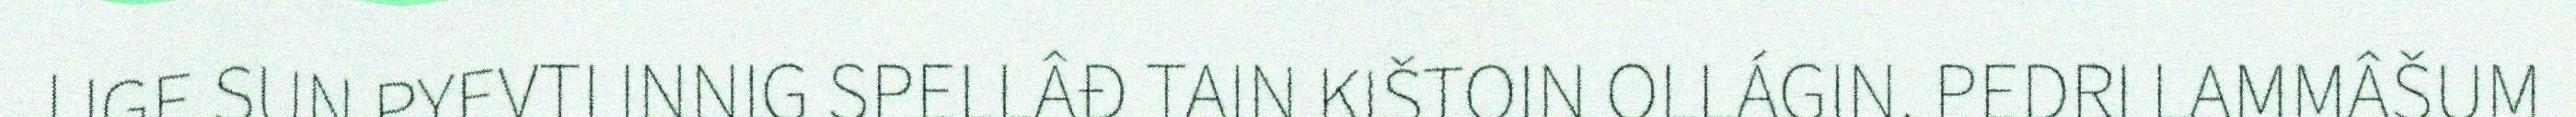
IJGE SUN PYEVTI INNIG SPELLÂĐ TAIN KIŠTOIN OLLÁGIN. PEDRI LAMMÂŠUM